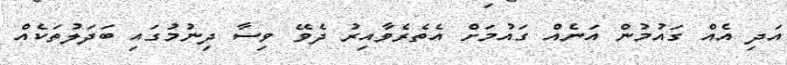
އަދި އެއް ގައުމުން އަނެއް ގައުމަށް އެތެރެވާއިރު ދެވޭ ވިސާ ދިނުމުގައި ބަދަލުތަކެއް